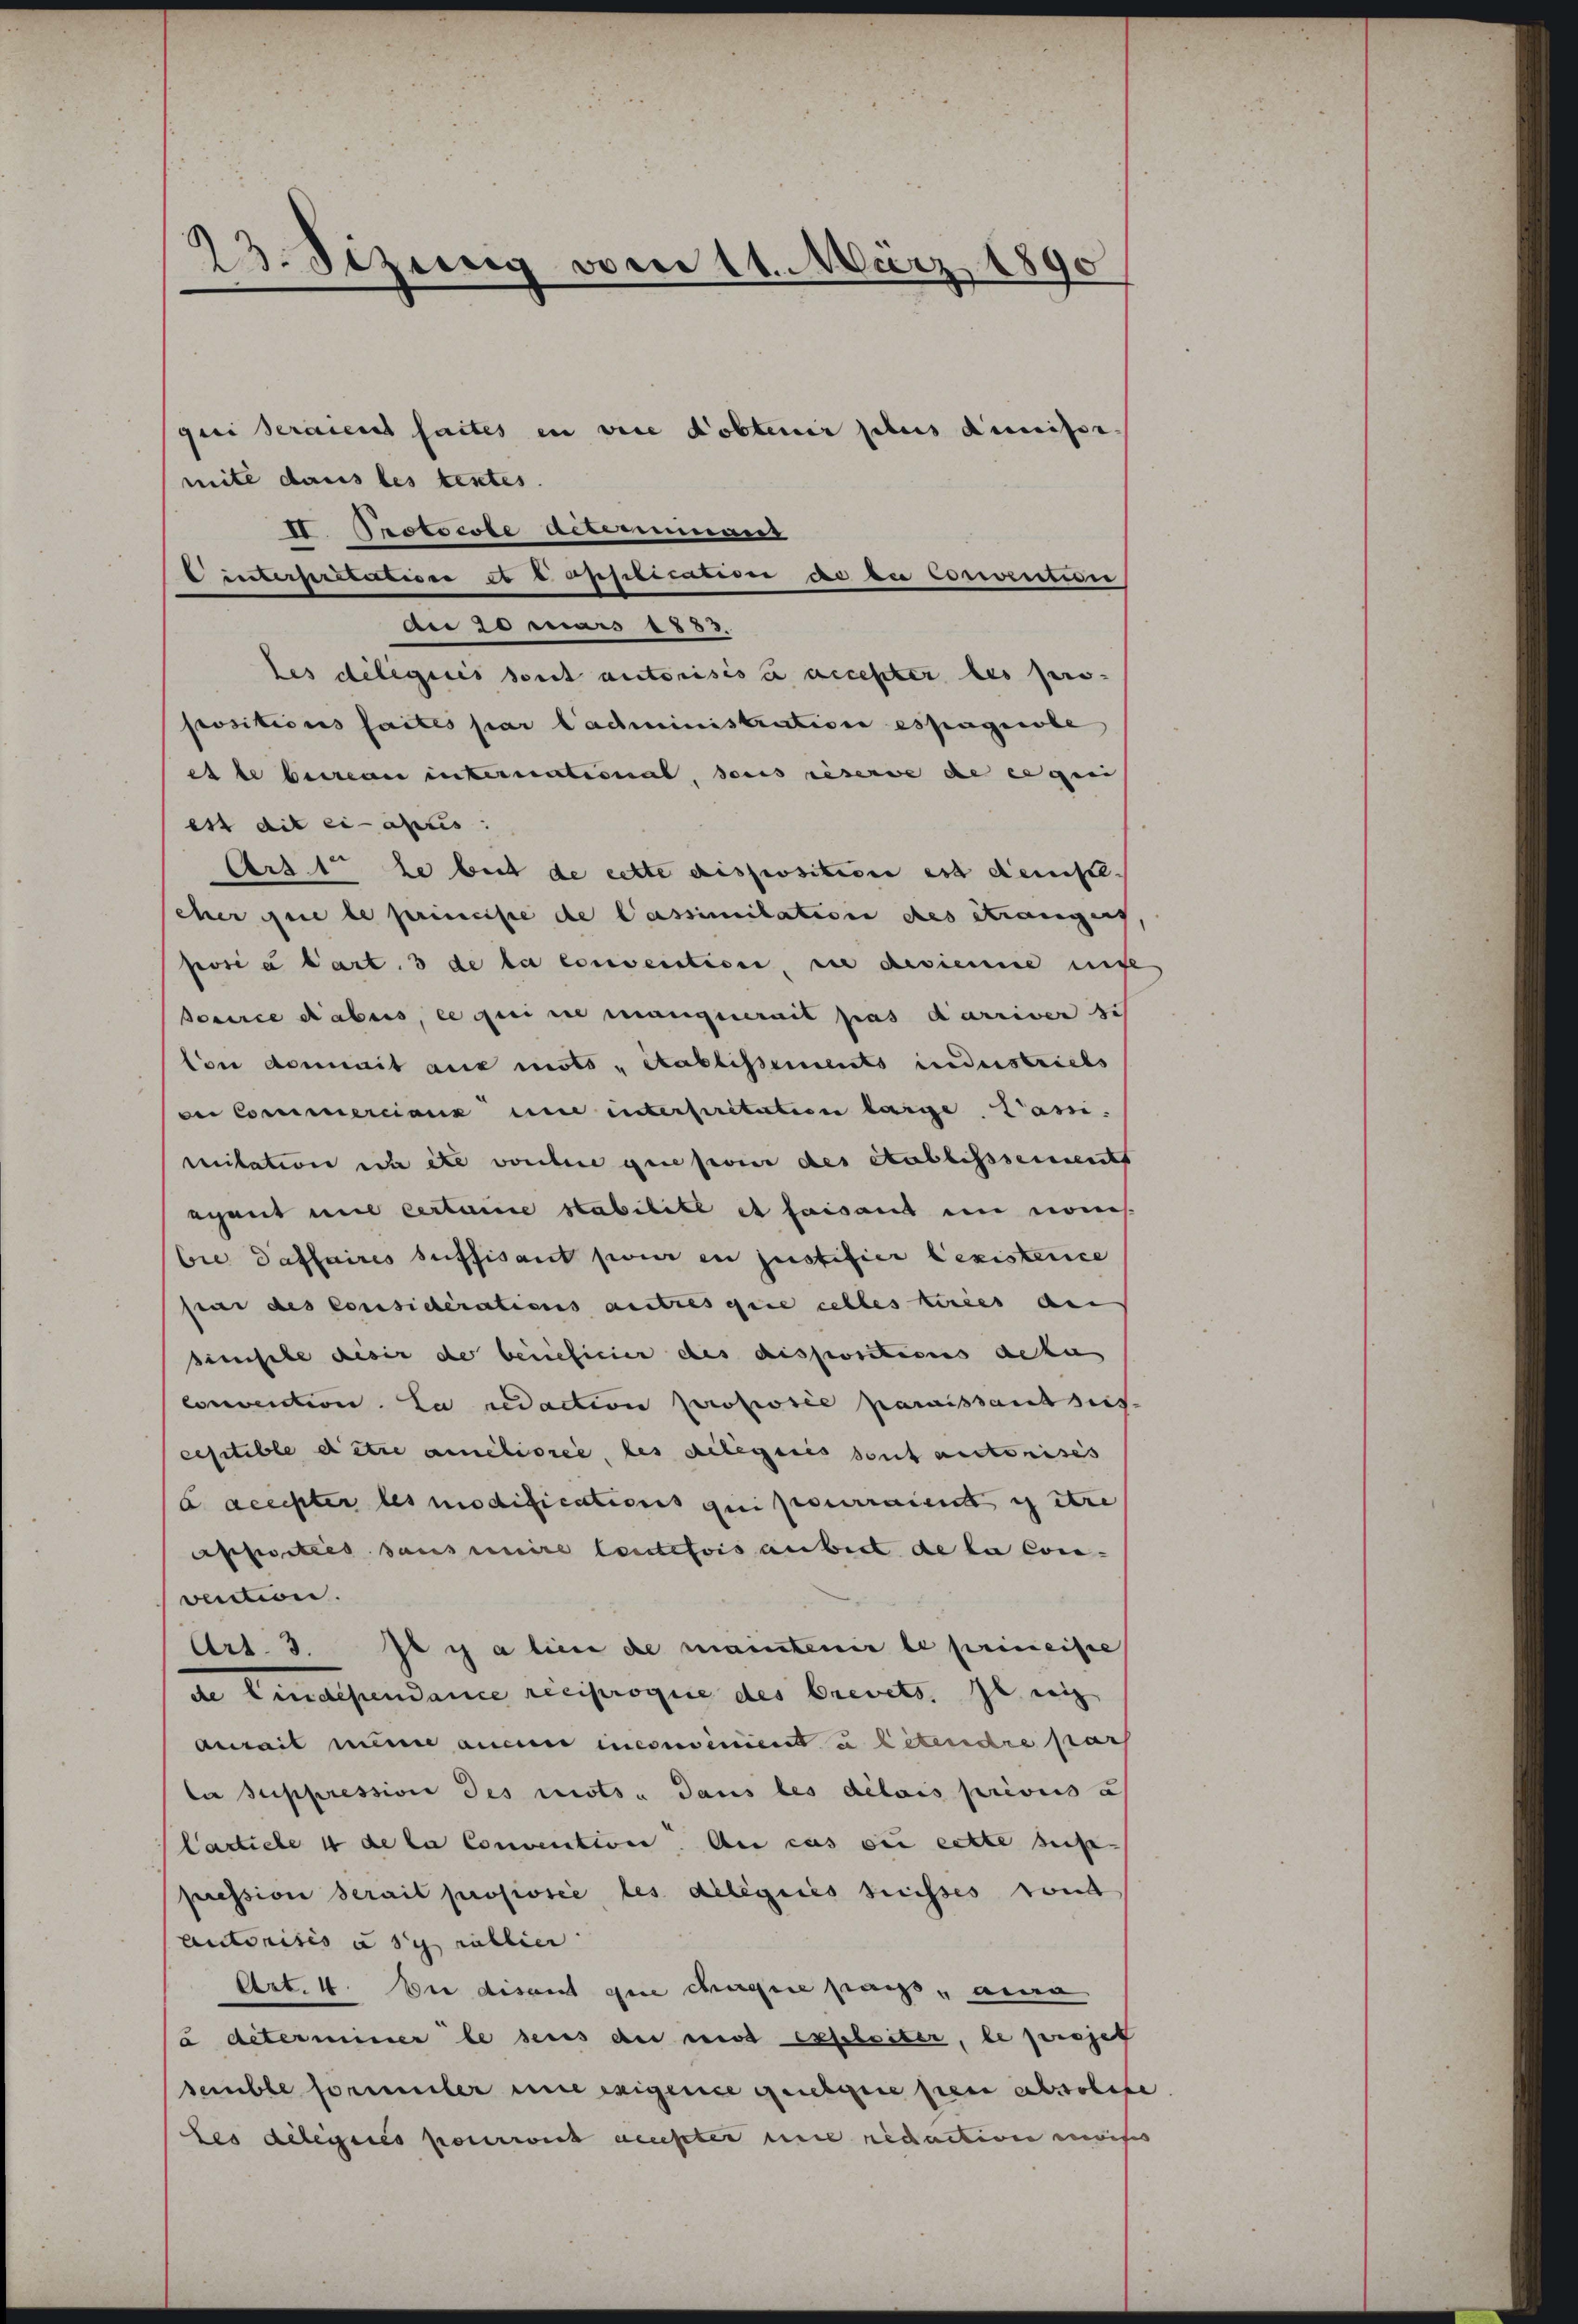
23. Sizung vom 11. März 1890

gei seraient faites in die Kobtenir plus dimiser
mite dans les textes.
I Protocole Altermant
linterpretation u e application de die Corrention
A 20 mars 1883.
des délégués sont autorisis à accepter les pro-
positions faites par l’administration espageobe
et le bereau international, dans reserve die eigen
est dit ci-apus:
Arzt ze beit de cette disposition est demste
eher que le primeiste de Passimilation des Strangen
posi à l’art. 3 de la convention, sie gesienne eige
Serce dabus, ce qui sie manquerait pas darriver si
Con derait aus mots „Stablissements industriebs
der Commercians une interpretatien lange, Pani.
mitation ich etc vorchere gene pour des etablissements
ayant mit certaine stabilité et faisant in von
bie daffaires suffisant pour in justifier lexisterce
seit des Considérations autresquie celles kries an
simische desir de beneficier des dispositions dekas
Convention. La redaction proposée paraissant dies
ceptible detre améliorée, les gelegiis sont autorisés
 accepter les modifications qui pourraient in etc
pporties sans unire leutefois anbiet de la con-
vecction.
Art. 3. Il y a lieu de maintenir le primeiste
de Lindeßendance reciprogie des brevets. Zt. weig
aurait mine aucun inconvenient u litendre par
la suppression des mots dans les délais privis u
lastiche 11 de la convention. An cas der cette sehe
pression serait proposie les délégués susses sond
Autorisés u si collici
Art. 4. Die disant que chose pass, aina
u determiner le sens der wird exploiter, le projet
semble formter eine exigence geeigne per absolese
des Delegtes pourrirt weister nie nidaction moises